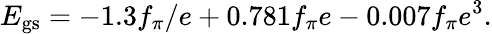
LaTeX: E_{\mathrm{gs}}=-1.3f_{\pi}/e+0.781f_{\pi}e-0.007f_{\pi}e^{3}.